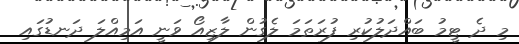
މި ދެ ޓީމު ބައްދަލުކުރި ފުރަތަމަ ލެގުން ލާޒިއޯ ވަނީ އަމިއްލަ ދަނޑުގައި